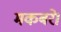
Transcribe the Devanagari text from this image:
मकबरे।